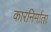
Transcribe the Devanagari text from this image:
कारनिर्माता